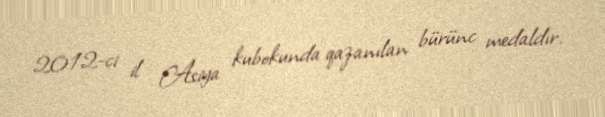
2012-ci il Asiya kubokunda qazanılan bürünc medaldır.